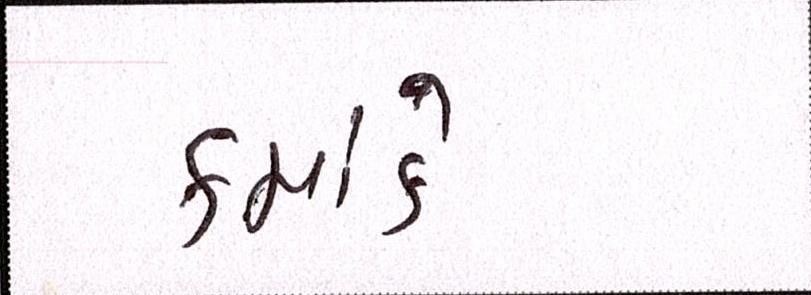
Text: ક્રમાંકે